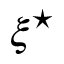
\xi ^ { \star }